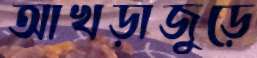
আখড়াজুড়ে